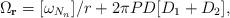
LaTeX: \begin{align*} \Omega_{\mathbf r} = [\omega_{N_n}]/r + 2 \pi PD[D_1+D_2], \end{align*}